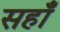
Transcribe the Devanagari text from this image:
सहाँ